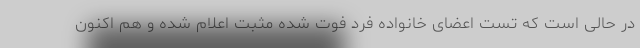
در حالی است که تست اعضای خانواده فرد فوت شده مثبت اعلام شده و هم اکنون